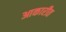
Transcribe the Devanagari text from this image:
आकारीत